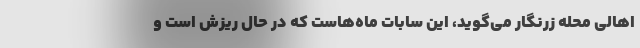
اهالی محله زرنگار می‌گوید، این سابات ماه‌هاست که در حال ریزش است و